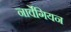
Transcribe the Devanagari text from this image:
नार्वेगियन